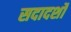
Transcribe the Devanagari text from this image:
सदादर्शों